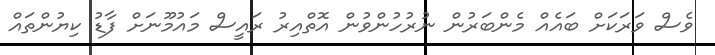
ވެސް ވަރަކަށް ބައެއް މެންބަރުން ނުރުހުންވުން އޮތްއިރު ރައީސް މައުމޫނަށް ފާޑު ކިޔުންތައް